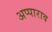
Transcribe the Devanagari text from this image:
अप्पाराव